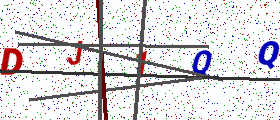
Text: DJ1QQ